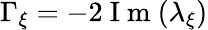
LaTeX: \Gamma_{\xi}=-2\mathrm{~I~m~}(\lambda_{\xi})